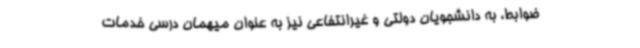
ضوابط، به دانشجویان دولتی و غیرانتفاعی نیز به عنوان میهمان درسی خدمات